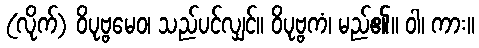
(လိုက်) ဝိပုဗ္ဗမေဝ၊ သည်ပင်လျှင်။ ဝိပုဗ္ဗကံ၊ မည်၏။ ဝါ၊ ကား။